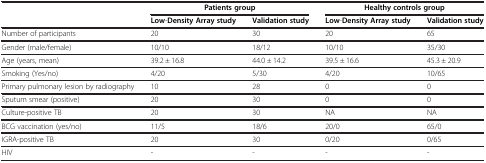
<table><thead><tr><td><b> </b></td><td colspan="2"><b>Patients group</b></td><td colspan="2"><b>Healthy controls group</b></td></tr></thead><tbody><tr><td> </td><td><b>Low</b>-<b>Density Array study</b></td><td><b>Validation study</b></td><td><b>Low</b>-<b>Density Array study</b></td><td><b>Validation study</b></td></tr><tr><td>Number of participants</td><td>20</td><td>30</td><td>20</td><td>65</td></tr><tr><td>Gender (male/female)</td><td>10/10</td><td>18/12</td><td>10/10</td><td>35/30</td></tr><tr><td>Age (years, mean)</td><td>39.2 ± 16.8</td><td>44.0 ± 14.2</td><td>39.5 ± 16.6</td><td>45.3 ± 20.9</td></tr><tr><td>Smoking (Yes/no)</td><td>4/20</td><td>5/30</td><td>4/20</td><td>10/65</td></tr><tr><td>Primary pulmonary lesion by radiography</td><td>10</td><td>28</td><td>0</td><td>0</td></tr><tr><td>Sputum smear (positive)</td><td>20</td><td>30</td><td>0</td><td>0</td></tr><tr><td>Culture-positive TB</td><td>20</td><td>30</td><td>NA</td><td>NA</td></tr><tr><td>BCG vaccination (yes/no)</td><td>11/5</td><td>18/6</td><td>20/0</td><td>65/0</td></tr><tr><td>IGRA-positive TB</td><td>20</td><td>30</td><td>0/20</td><td>0/65</td></tr><tr><td>HIV</td><td>-</td><td>-</td><td>-</td><td>-</td></tr></tbody></table>